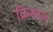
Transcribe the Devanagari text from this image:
क्रिस्‍टल